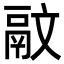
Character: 䰚